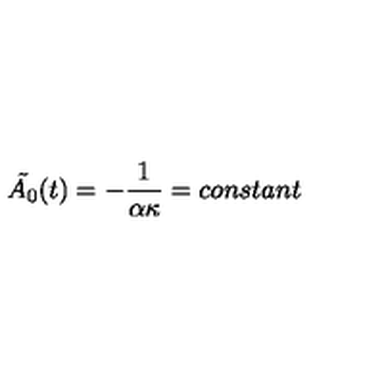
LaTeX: \tilde { A _ { 0 } } ( t ) = - \frac { 1 } { \alpha \kappa } = c o n s t a n t